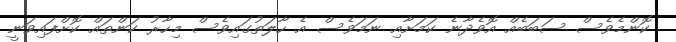
ކޮންމެވެސް ސަބަބެއް އޮވެދާނެ ކަމަށާއި ނަމަވެސް އެ ހާލަތުގައިވެސް މިހާރު ކަންތައް ކޮށްފައިވަނީ